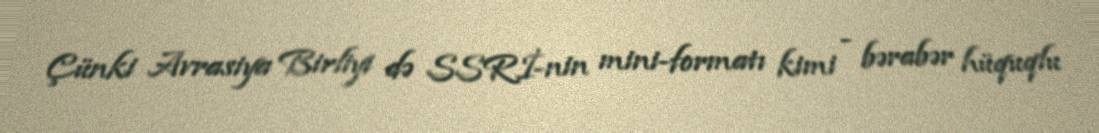
Çünki Avrasiya Birliyi də SSRİ-nin mini-formatı kimi - bərabər hüquqlu